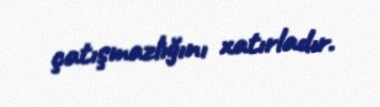
çatışmazlığını xatırladır.